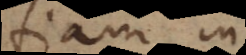
tiam in